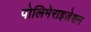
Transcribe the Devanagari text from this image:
पोलिमेराइज़ेशन